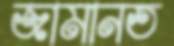
জামানত